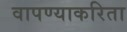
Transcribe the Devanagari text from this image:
वापण्‍याकरिता